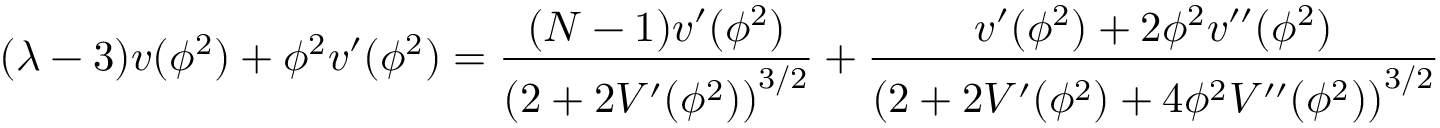
( \lambda - 3 ) v ( \phi ^ { 2 } ) + \phi ^ { 2 } v ^ { \prime } ( \phi ^ { 2 } ) = \frac { ( N - 1 ) v ^ { \prime } ( \phi ^ { 2 } ) } { \left( 2 + 2 V ^ { \prime } ( \phi ^ { 2 } ) \right) ^ { 3 / 2 } } + \frac { v ^ { \prime } ( \phi ^ { 2 } ) + 2 \phi ^ { 2 } v ^ { \prime \prime } ( \phi ^ { 2 } ) } { \left( 2 + 2 V ^ { \prime } ( \phi ^ { 2 } ) + 4 \phi ^ { 2 } V ^ { \prime \prime } ( \phi ^ { 2 } ) \right) ^ { 3 / 2 } }